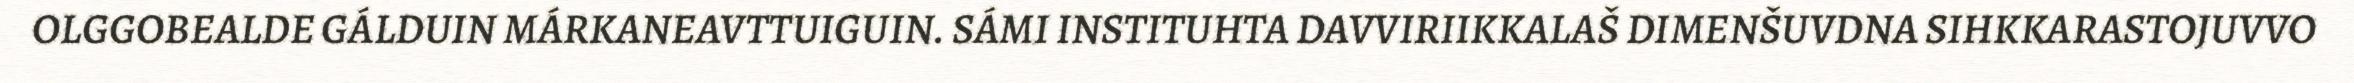
OLGGOBEALDE GÁLDUIN MÁRKANEAVTTUIGUIN. SÁMI INSTITUHTA DAVVIRIIKKALAŠ DIMENŠUVDNA SIHKKARASTOJUVVO